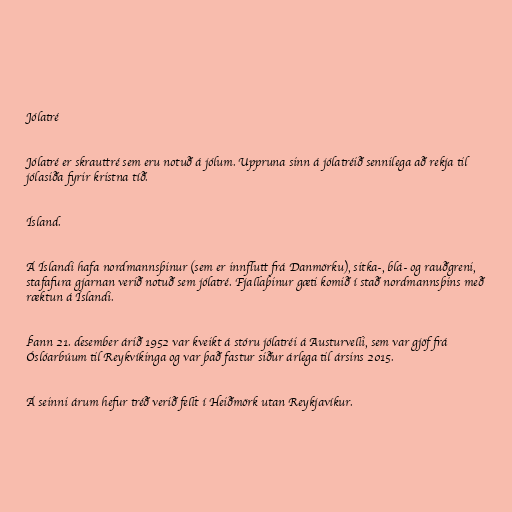
Jólatré

Jólatré er skrauttré sem eru notuð á jólum. Uppruna sinn á jólatréið sennilega að rekja til
jólasiða fyrir kristna tíð.

Ísland.

Á Íslandi hafa nordmannsþinur (sem er innflutt frá Danmörku), sitka-, blá- og rauðgreni,
stafafura gjarnan verið notuð sem jólatré. Fjallaþinur gæti komið í stað nordmannsþins með
ræktun á Íslandi.

Þann 21. desember árið 1952 var kveikt á stóru jólatréi á Austurvelli, sem var gjöf frá
Óslóarbúum til Reykvíkinga og var það fastur siður árlega til ársins 2015.

Á seinni árum hefur tréð verið fellt í Heiðmörk utan Reykjavíkur.